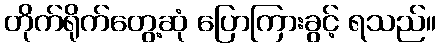
တိုက်ရိုက်တွေ့ဆုံ ပြောကြားခွင့် ရသည်။